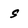
Character: S